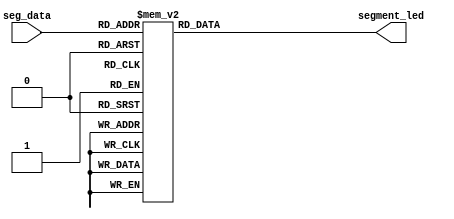
/*--------------------------------------------------------------------------------------------------- 	
*- File name: 			segment7.v
*- Top Module name: 	segment7
  - Submodules:		N/A
*- Description:			Implementation of a 7-segment display driver (common cathod)
*- 
*- Example of Usage:
	You can implement this code on all variants of STEPFPGA family boards. 
	If you want to implement this code on board and observe the logic behaviors: 
		- assign seg_data[3]...seg_data[0] to the 4 on-board swiches
		- assign segment_led[8] to SEG, segment_led[7] to DP
		- assign segment_led[6]...segment_led[0] to 'g, f, ... a' accordingly

* - Additional comments: 	 
   If you want to display decimal numbers only, the 4-bit input data must be in BCD converted
   form; will explain in Chapter 5 when implement the Elevator project. 

*- Copyright of this code: MIT License
--------------------------------------------------------------------------------------------------- */

module segment7 (
    input  wire [3:0] seg_data,       // The 4 bit input data in binary form	
    output reg  [8:0] segment_led	  //  9 output for the 7-segment LEDs from MSB to LSB: SEG, DP, g, f, e, d, c, b, a
) ; 
always @ (seg_data) begin
    case  (seg_data) 
      4'b0000: segment_led = 9'h3f;   //  0
      4'b0001: segment_led = 9'h06;   //  1
      4'b0010: segment_led = 9'h5b;   //  2
      4'b0011: segment_led = 9'h4f;   //  3
      4'b0100: segment_led = 9'h66;   //  4
      4'b0101: segment_led = 9'h6d;   //  5
      4'b0110: segment_led = 9'h7d;   //  6
      4'b0111: segment_led = 9'h07;   //  7
      4'b1000: segment_led = 9'h7f;   //  8
      4'b1001: segment_led = 9'h6f;   //  9
      4'b1010: segment_led = 9'h77;   //  A
      4'b1011: segment_led = 9'h7C;   //  b
      4'b1100: segment_led = 9'h39;   //  C
      4'b1101: segment_led = 9'h5e;   //  d
      4'b1110: segment_led = 9'h79;   //  E
      4'b1111: segment_led = 9'h71;   //  F
    endcase
 end
endmodule